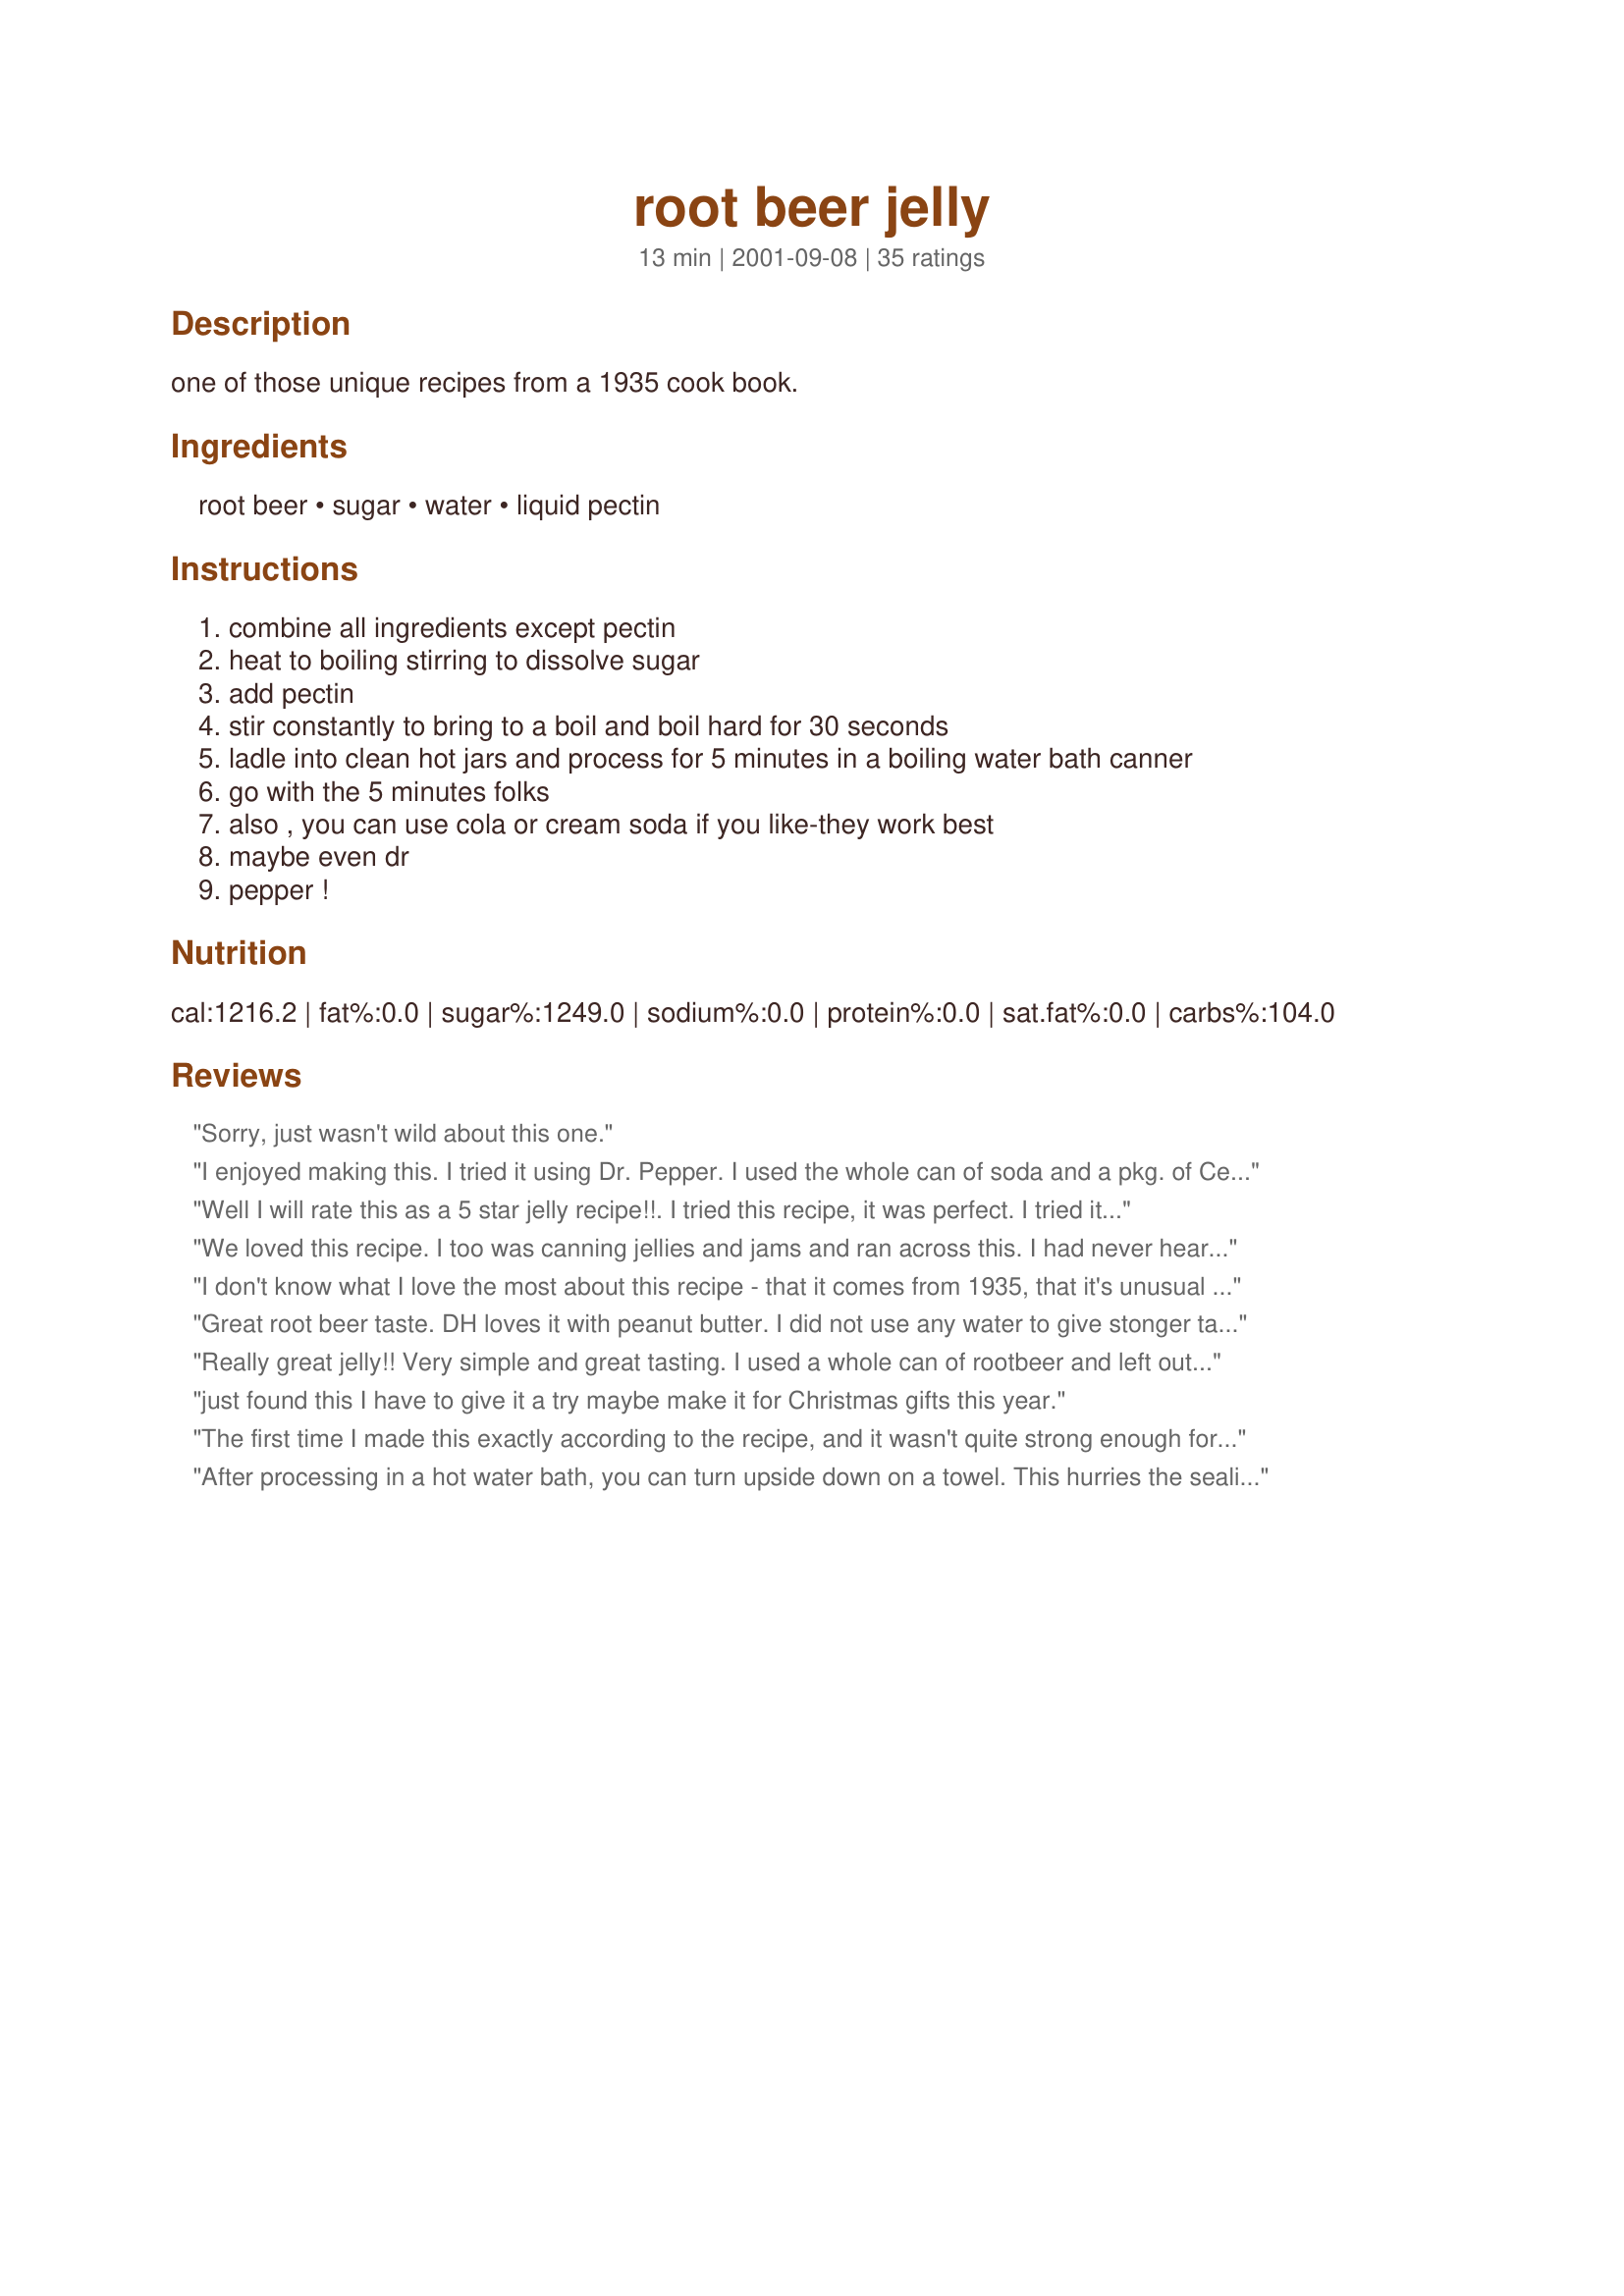
root beer jelly
Preparation time: 13 minutes

one of those unique recipes from a 1935 cook book.

Ingredients:
root beer, sugar, water, liquid pectin

Steps:
combine all ingredients except pectin
heat to boiling stirring to dissolve sugar
add pectin
stir constantly to bring to a boil and boil hard for 30 seconds
ladle into clean hot jars and process for 5 minutes in a boiling water bath canner
go with the 5 minutes folks
also , you can use cola or cream soda if you like-they work best
maybe even dr
pepper !

Reviews:
Sorry, just wasn't wild about this one.
I enjoyed making this. I tried it using Dr. Pepper. I used the whole can of soda and a pkg. of Certo instead of water and it gelled out nicely. My only problem was convincing my conservative friends to actually try it. Once I brought it out they all sampled it on a cracker and were fine with it, no oohs and ahhs though. Upon surveying them, they all seem willing to try the orange creme once I make that. I'd like to make a Blackberry Vernors also.
Well I will rate this as a 5 star jelly recipe!!. I tried this recipe, it was perfect. I tried it with different soda's and slightly different measurements.(Which I will post in my cookbook). I am now trying to get the jelly approved with the Dept of Ag. to sell in my store.
Thanks for a great recipe!!!:)
We loved this recipe. I too was canning jellies and jams and ran across this. I had never heard of root beer jelly so had to try. DS was in heaven that I used his favorite flavor of soda in a product he could use for breakfast!!! Needless to say this was a hit with everyone. Thank you for this recipe, too fun.
I don't know what I love the most about this recipe - that it comes from 1935, that it's unusual and so differant, that it's so EASY to prepare or that it just plain taste good. I guess all of the above. Have to say I was pretty leary about it but figured why not try and so glad I did. I did add a teaspoon of root beer extract just to make sure it had enough flavor, other than that followed exactly. Next time I think I'll double the recipe so I can use the whole bottle of pectin. I was afraid it wouldn't set with just have but it was perfect. Thanks DiB's for a fun, interesting and yummy recipe.
Great root beer taste. DH loves it with peanut butter. I did not use any water to give stonger taste. Will be making again soon for gifts.
Thanks
Really great jelly!! Very simple and great tasting. I used a whole can of rootbeer and left out the water, makes it taste better.
just found this I have to give it a try maybe make it for Christmas gifts this year.
The first time I made this exactly according to the recipe, and it wasn't quite strong enough for my taste, but I didn't have any rootbeer extract, so ever since I've just put in an entire 12oz bottle of pop (minus one sip for the cook) and left out the 1/2 cup of water. The color and flavor are stronger that way. I've made this recipe several times recently with different kinds of pop; rootbeer, orange cream, and grape. I think the grape is my favorite so far. Tip, use the liquid pectin as stated in the recipe. Once, I was out of liquid pectin, and tried to make a batch of orange cream jelly with this recipe and a package of powdered pectin. I got a very liquidy, very sweet syrup. Great for italian sodas, but if you want jelly, use liquid pectin.
After processing in a hot water bath, you can turn upside down on a towel. This hurries the sealing process.
I love making jelly!! This is really good stuff. I added 1/2 cup of root beer schapps instead of the water for more root beer flavor. It turned out great. I cooked it a little longer just to be sure that the alcohol cooked out.DH wants me to try birch beer next!!
This is a really easy, fun recipe. It's not exactly to my taste (I'm not sure I'll ever have a craving for this), but I'm sure that my uncle who loves root beer will love it. I make it with 12 oz of soda and no water. I can never get mine to set up at room temperature, but it sets up beautifully in the fridge. I would definately recommend this recipe for someone new to canning. Thanks for a great easy recipe! 
EDIT - I made this recipe using 10 oz of cream + 2 oz of Jack Daniels, and that makes a killer topping for spice cake or vanilla ice cream.
I was making fruit jam when I came across this recipe. I just had to try it. It came out wonderful. I am planning to make several batches of this recipe, the candy apple jelly recipe and the banana marmilade recipe to give to friends for christmas with a half gallon of ice cream.
I am back to review this again. The first time I made this was in 2003 and had suchwonder ful success with it I am back again. What a wonderful recipe. The soft drink choices are endless!! I used Mello Yello and IBC cream soda this time around with wonderful results and taste!! I urge beginners and everyone to try this! Is very easy and very good!! You MUST use liquid pectin!!
I will not rate this since I did not have good results with this. I wanted to make this for Christmas gifts this year. Like another reviewer, my recipe only made 1 1/2 pints, not the 6 1/2 like recipe stated. I followed the recipe, only adding dram of rootbeer extract to add more of a rootbeer flavor, also like other reviewers suggested. The Certo liguid pectin was in two pouches, I added only one. The end result was a pretty colored jelly, but it was very thick. I had some on toast, and while the taste was not bad, it was not great either. I was so hoping to like this. I may give it another try, and if I do I will come back and rate this. I am glad so many had good success with this, but for me I will stick with your Candy Apple Jelly!
Unusual bt very good.Will put this in my Christmas baskets with my other jelly's.Thank you,I would have never thought of this.
I made this jelly yesterday with two different types of soda, Birch Beer &amp; Root Beer. They came out delicious! Who would&#039;ve thought that using your favorite soda to make a jelly. Definite keeper in my recipe book. I&#039;m new to canning and it was super easy to do and a great start to my adventures in canning. Thanks for sharing this oldie by goodie recipe!!! :-)
Just made this Jelly for the third time. It so easy to make and will make a unique Christmas gift. This time i eliminated the water and used 12 oz of rootbeer and it turned out better with more rootbeer flavor.
I was quite interested so, I made this and we LOVE it! I also added a teaspoon of root beer extract to "punch" up the root beer flavour, quite tasty! My next project is "orange cream"soda jelly.
i loved this and did what roger did and added the whole can and no water. i madeDr. Pepper jelly also. 
great recipe
I made this twice, once with orange soda that my co-workers went crazy for and once with diet rootbeer and splenda. Some said the splenda wouldn't work but just get the sugar free pectin. I want to try some cream soda next!
where I live, liquid Certo is sold in a box of 2-85 ml packages. I found 1-85 ml pkg. work great with this recipe.
What a simple recipe for this beginner! It set up perfectly and looks so nice in the jars. Can't wait to give this as a gift this holiday season!
I made this last week and it was incredibly easy. Today I'm making jelly using pineapple soda and red soda. We'll see how they turn out. Good recipe!
Okay, to be honest with you, I would not have chosen this recipe to make, but Dreamgoddess made me do it. Boy am I glad she did!!! I am the one that is always telling everyone how easy jelly is to make, and this recipe proves me correct. It has got to be the easiest jelly I have ever made. The taste is wonderful. Not at all what I expected (I am not a great big root beer fan). I will definately make this again. It will be wonderful to put into gift baskets. A 5 STAR recipe all the way.
Empty one 12 oz. bottle of your favorite root beer into a small pot. Over medium heat, dissolve 3 cups granulated white sugar into root beer. Bring this mixture to 221 degrees Farenheit. Remove from heat. Using whisk, immediately blend in one 3 oz. packet Certo liquid pectin. Can this mixture leaving 1/4&quot; headspace. Process in boiling water bath for 10 minutes. Let cool 24 hours. Will keep 1 year.
The kids love this! I can't wait to try other flavors. Thanks!
This is a really great recipe. My batch only ended up making 1 1/2 pints on my first try, but I will definately try again.
First off, this makes 3 and a half x 1/2 pint jars. No jelly with less than 5 cups of ingredients makes 6 cups of product. That being said, this turned out excellent. I used 12 oz of root beer, no water, a 3oz packet of liquid Certo and it jelled great. I don't care for root beer at all, but my family loves it. My SO tasted out of the half jar and declared "This is great!".
I love it. It is quite sweet though. I also added a teaspoon of root beer extract. I got 3 250-ml jars and a small dab as a taster. I will certainly make this again. I've made meat balls in grape jelly --just might have to try it in the root beer jelly!!
Worked great, used one 12 oz bottle of root beer and no water. The color is great. Has a every nice taste.
Shaleilee
As strange as this recipe may sound, my curiousity overcame me, and I had to try it. My whole family loves this jelly. It is great put on waffles, or on PBJ sandwiches. Try it! It's great!
I admit it, I hate root beer. So, I substituted Coca-Cola for the root beer. My kids love it!
This is a great jelly. I was looking for several different unique kinds, and this was surely one of them! I have been giving them as gifts and rootbeer is definently the most intriguing and requested. I love rootbeer, so I wanted to bring out the taste some more and added about a teaspoon of rootbeer flavoring (found in market near extracts).
As crazy as this recipe sounds...it's Fabulous!! I made it along with cherry cola, and cola flavors for Christmas gifts for the neighbors last year. Everyone loves it! However, the recipe only makes 4 1/2 pint jars of jelly.
